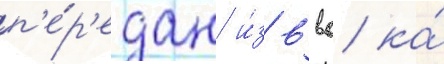
п'е́р'едан и́з ввс ка́